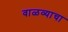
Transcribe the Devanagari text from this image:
वाळव्याचा